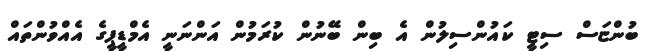
ބުންޏަސް ސިޓީ ކައުންސިލުން އެ ބިން ބޭނުން ކުރަމުން އަންނަނީ އެމްޑީޕީގެ އެއްވުންތައް